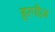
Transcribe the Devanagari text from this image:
हरपीज़